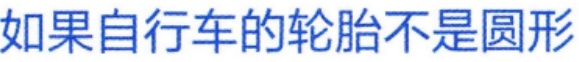
如果自行车的轮胎不是圆形